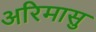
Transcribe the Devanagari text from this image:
अरिमासु